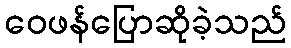
ဝေဖန်ပြောဆိုခဲ့သည်